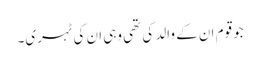
جو قوم ان کے والد کی تھی وہی ان کی ٹہری۔